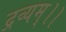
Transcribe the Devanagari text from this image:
द्रव्यम्।।